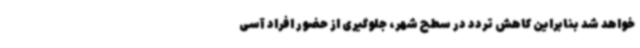
خواهد شد بنابراین کاهش تردد در سطح شهر، جلوگیری از حضور افراد آسی